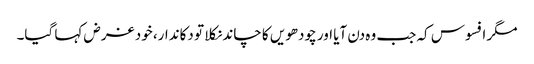
مگر افسوس کہ جب وہ دن آیا اور چودھویں کا چاند نکلا تو دکاندار، خود غرض کہا گیا۔